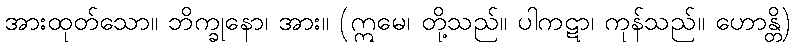
အားထုတ်သော။ ဘိက္ခုနော၊ အား။ (ဣမေ၊ တို့သည်။ ပါကဋာ၊ ကုန်သည်။ ဟောန္တိ)